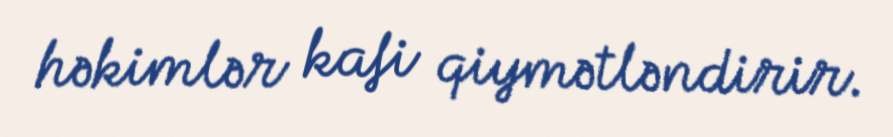
həkimlər kafi qiymətləndirir.